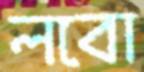
লবো